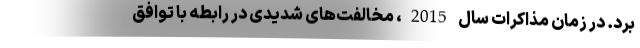
برد. در زمان مذاکرات سال 2015، مخالفت‌های شدیدی در رابطه با توافق